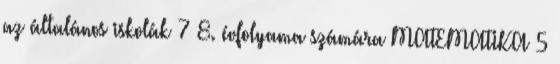
az általános iskolák 7 8. évfolyama számára MATEMATIKA 5